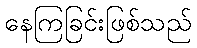
နေကြခြင်းဖြစ်သည်